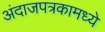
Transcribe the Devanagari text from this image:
अंदाजपत्रकामध्ये